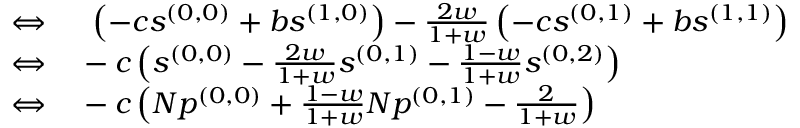
\begin{array} { r l } { \Leftrightarrow } & { { } ~ \left( - c s ^ { ( 0 , 0 ) } + b s ^ { ( 1 , 0 ) } \right) - \frac { 2 w } { 1 + w } \left( - c s ^ { ( 0 , 1 ) } + b s ^ { ( 1 , 1 ) } \right) } \\ { \Leftrightarrow } & { { } - c \left( s ^ { ( 0 , 0 ) } - \frac { 2 w } { 1 + w } s ^ { ( 0 , 1 ) } - \frac { 1 - w } { 1 + w } s ^ { ( 0 , 2 ) } \right) } \\ { \Leftrightarrow } & { { } - c \left( N p ^ { ( 0 , 0 ) } + \frac { 1 - w } { 1 + w } N p ^ { ( 0 , 1 ) } - \frac { 2 } { 1 + w } \right) } \end{array}